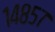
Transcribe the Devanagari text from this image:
१४८५७